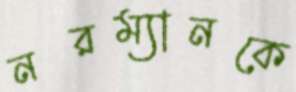
নরম্যানকে